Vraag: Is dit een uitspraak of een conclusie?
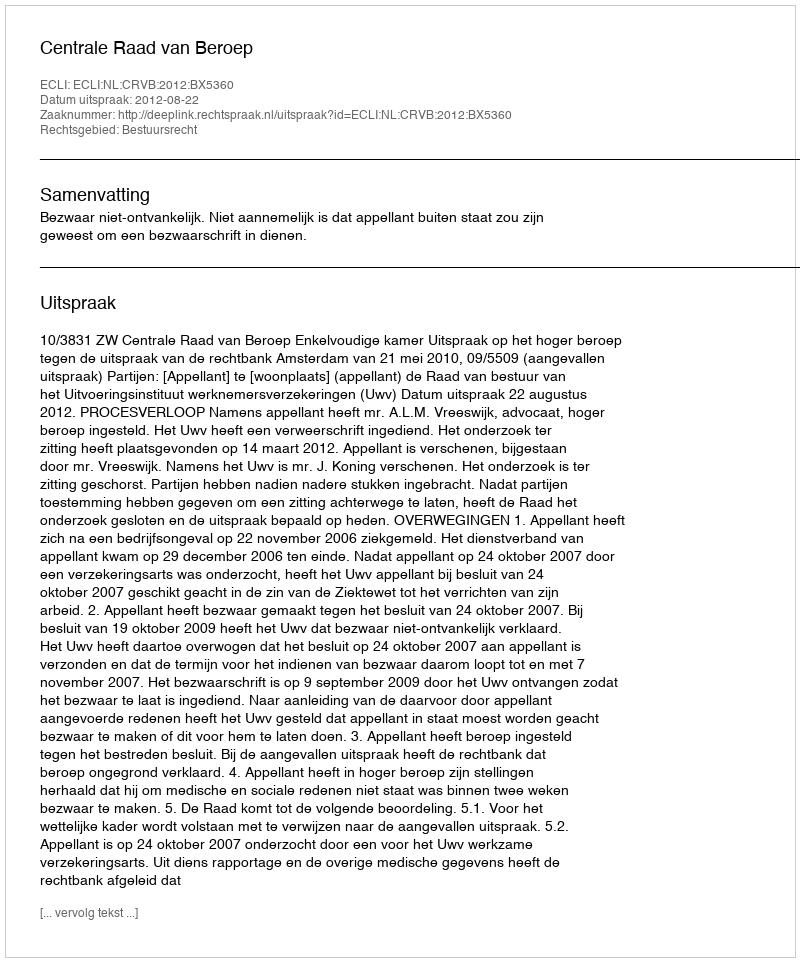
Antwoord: Uitspraak